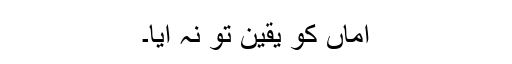
اماں کو یقین تو نہ آیا۔